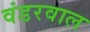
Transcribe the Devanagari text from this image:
वंडरवाल